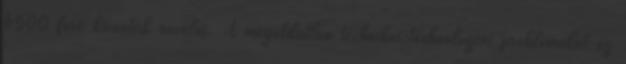
6500 főre kívánták növelni. A megoldatlan technikai-technológiai problémákat az